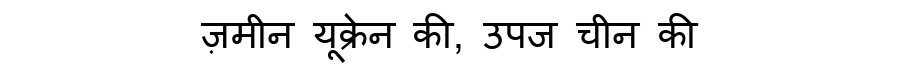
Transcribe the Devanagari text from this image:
ज़मीन यूक्रेन की, उपज चीन की